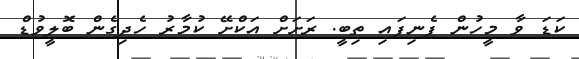
ކަޑަ ވާ މީހުން ފެނިފައި ތިބީ. ރަށަށް އަކްށޭ ކުމާރު ހެދިގެން ބޮލީވުޑް